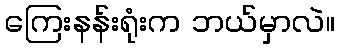
ကြေးနန်းရုံးက ဘယ်မှာလဲ။